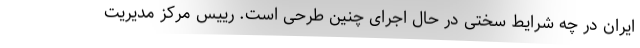
ایران در چه شرایط سختی در حال اجرای چنین طرحی است. رییس مرکز مدیریت